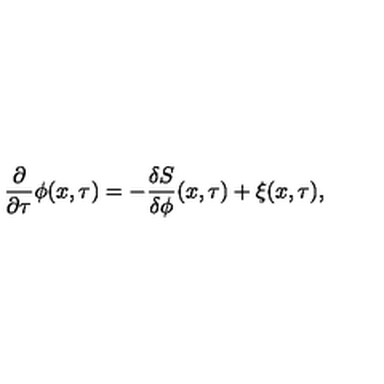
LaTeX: \frac { \partial } { \partial \tau } \phi ( x , \tau ) = - \frac { \delta S } { \delta \phi } ( x , \tau ) + \xi ( x , \tau ) ,